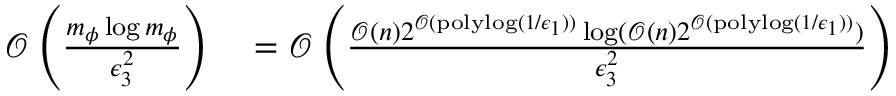
\begin{array} { r l } { \mathcal { O } \left( \frac { m _ { \phi } \log m _ { \phi } } { \epsilon _ { 3 } ^ { 2 } } \right) } & { { } = \mathcal { O } \left( \frac { \mathcal { O } ( n ) 2 ^ { \mathcal { O } ( \mathrm { p o l y l o g } ( 1 / \epsilon _ { 1 } ) ) } \log ( \mathcal { O } ( n ) 2 ^ { \mathcal { O } ( \mathrm { p o l y l o g } ( 1 / \epsilon _ { 1 } ) ) } ) } { \epsilon _ { 3 } ^ { 2 } } \right) } \end{array}